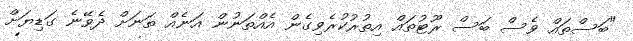
"ބަސްތައް ވެސް ބަސް ރޫޓުތައް އިތުރުކުރެވިގެން އެއްތަނުން އަނެއް ތަނަށް ދެވޭނެ ގަޑިޔަށް